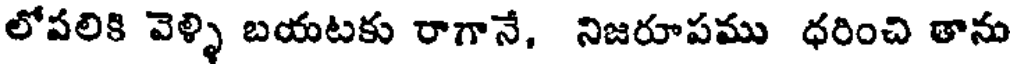
లోపలికి వెళ్ళి బయటకు రాగానే, నిజరూపము ధరించి తాను